Report of the King Institute of Preventive Medicine, Guindy
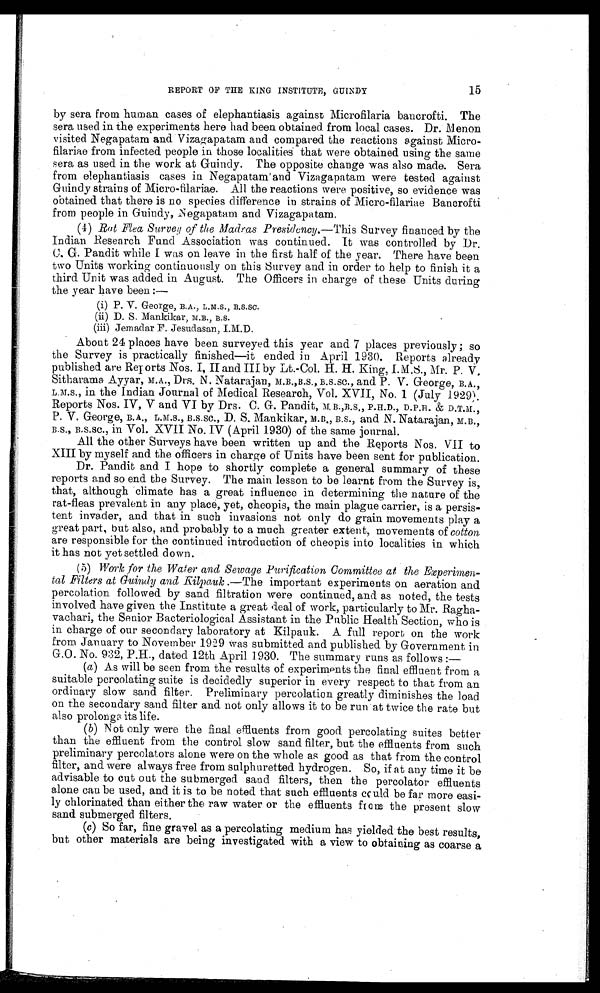
REPORT OF THE KING INSTITUTE, GUINDY
15
by sera from human cases of elephantiasis against Microfilaria bancrofti. The
sera used in the experiments here had been obtained. from local cases. Dr. Menon
visited Negapatarn and Vizagapatam and compared the reactions against Micro-
filariae from infected people in those localities that were obtained using the same
sera as used in the work at Guindy. The opposite change was also made. Sera
from elephantiasis cases in Negapatam and Vizagapatam were tested against
Guindy strains of Micro-filariae. All the reactions were positive, so evidence was
obtained that there is no species difference in strains of Micro-filariae Bancrofti
from people in Guindy, Negapatam and Vizagapatam.
(4) Rat Flea Survey of the Madras Presidency. —This Survey financed by the
Indian Research Fund Association was continued. It was controlled by Dr.
C. G. Pandit while I was on leave in the first half of the year. There have been
two Units working continuously on this Survey and in order to help to finish it a
third Unit was added in August. The Officers in charge of these Units during
the year have been :—
( i ) P . V . G e o r g e , B . A . , L . M . s . , B . S . S C .
( i i ) D . S , M a n k i k a r , M . B . , B . S .
( i i i ) J e m a d a r F . J e s u d a s a n , I . M . D .
About 24 places have been surveyed this year and 7 places previously ; so
the Survey is practically finished—it ended in April 1930. Reports already
published are Reports Nos. I, II and III by Lt.-Col. H. H. King, I.M.S., Mr. P. V.
Sitharama Ayyar, M.A., Drs. N. Natarajan, M.B.,B.S., B.S.SC., and P. V. George, B.A.,
L.M.S., in the Indian Journal of Medical Research, Vol. XVII, No. 1 (July 1929).
Reports Nos. IV, V and VI by Drs. C. G. Pandit, M.B.,B.S., P.H.D., D.PH. & D.T.M.,
P. V. George, B.A., L.M.S., B.S.SC., D. S. Mankikar, M.B., B.S., and N. Natarajan, M.B.,
B.S., B.S.Sc., in Vol. XVII No. IV (April 1930) of the same journal.
All the other Surveys have been written up and the Reports Nos. VII to
XIII by myself and the officers in charge of Units have been sent for publication.
Dr. Pandit and I hope to shortly complete a general summary of these
reports and so end the Survey. The main lesson to be learnt from the Survey is,
that, although climate has a great influence in determining the nature of the
rat-fleas prevalent in any place, yet, cheopis, the main plague carrier, is a persis-
tent invader, and that in such invasions not only do grain movements play a
great part, but also, and probably to a much greater extent, movements of cotton
are responsible for the continued introduction of cheopis into localities in which
it has not yet settled down.
(5) Work for the Water and Sewage Purification Committee at the Experimen-
tal Filters at Guindy and Kilpauk .—The important experiments on aeration and
percolation followed by sand filtration were continued, and as noted, the tests
involved have given the Institute a great deal of work, particularly to Mr. Ragha-
vachari, the Senior Bacteriological Assistant in the Public Health Section, who is
in charge of our secondary laboratory at Kilpauk. A full report on the work
from January to November 1929 was submitted and published by Government in
G.O. No. 932, P.H., dated 12th April 1930. The summary runs as follows :
—
(a) As will be seen from the results of experiments the final effluent from a
suitable percolating suite is decidedly superior in every respect to that from an
ordinary slow sand filter. Preliminary percolation greatly diminishes the load
on the secondary sand filter and not only allows it to be run at twice the rate but
also prolongs its life.
(b) Not only were the final effluents from good percolating suites better
than the effluent from the control slow sand filter, but the effluents from such
preliminary percolators alone were on the whole as good as that from the control
filter, and were always free from sulphuretted hydrogen. So, if at any time it be
advisable to cut out the submerged sand filters, then the percolator effluents
alone can be used, and it is to be noted that such effluents could be far more easi-
ly chlorinated than either the raw water or the effluents from the present slow
sand submerged filters.
(c) So far, fine gravel as a percolating medium has yielded the best results,
but other materials are being investigated with a view to obtaining as coarse a